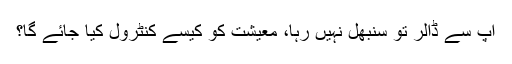
آپ سے ڈالر تو سنبھل نہیں رہا، معیشت کو کیسے کنٹرول کیا جائے گا؟